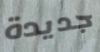
جديدة